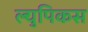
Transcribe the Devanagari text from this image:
ल्युपिकस